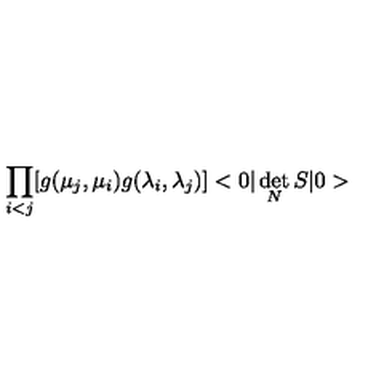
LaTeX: \prod _ { i < j } [ g ( \mu _ { j } , \mu _ { i } ) g ( \lambda _ { i } , \lambda _ { j } ) ] < 0 | \det _ { N } S | 0 >